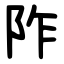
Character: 阼